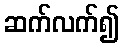
ဆက်လက်၍